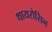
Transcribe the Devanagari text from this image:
थायरोसिन